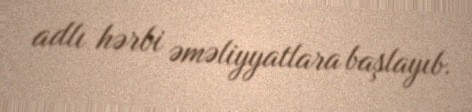
adlı hərbi əməliyyatlara başlayıb.